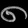
Digit: ၈